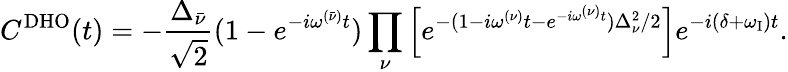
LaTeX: C^{\mathrm{{DHO}}}(t)=-\frac{\Delta_{\bar{\nu}}}{\sqrt{2}}(1-e^{-i\omega^{(\bar{\nu})}t})\prod_{\nu}\left[e^{-(1-i\omega^{(\nu)}t-e^{-i\omega^{(\nu)}t})\Delta_{\nu}^{2}/2}\right]e^{-i(\delta+\omega_{\mathrm{I}})t}.